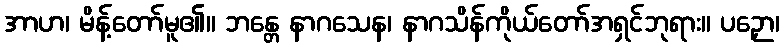
အာဟ၊ မိန့်တော်မူ၏။ ဘန္တေ နာဂသေန၊ နာဂသိန်ကိုယ်တော်အရှင်ဘုရား။ ပဉှော၊